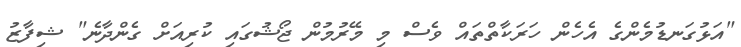
"އަޅުގަނޑުމެންގެ އެހެން ހަރަކާތްތައް ވެސް މި މޭރުމުން ޖޯޝުގައި ކުރިއަށް ގެންދާނެ" ޝިފާޒު